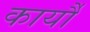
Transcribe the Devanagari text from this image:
कार्यौ